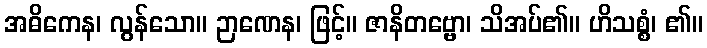
အဓိကေန၊ လွန်သော။ ဉာဏေန၊ ဖြင့်။ ဇာနိတဗ္ဗော၊ သိအပ်၏။ ဟိသစ္စံ၊ ၏။